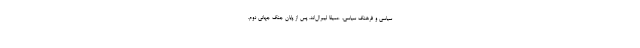
سیاسی و فرهنگ سیاسی، عمیقا لیبرال‌اند. پس از پایان جنگ جهانی دوم،